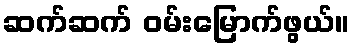
ဆက်ဆက် ဝမ်းမြောက်ဖွယ်။